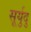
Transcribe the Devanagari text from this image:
सूर्युदु